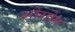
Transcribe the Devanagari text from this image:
शोरहेम